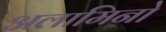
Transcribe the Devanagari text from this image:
अलामिनो